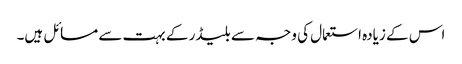
اس کے زیادہ استعمال کی وجہ سے بلیڈر کے بہت سے مسائل ہیں۔